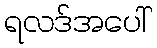
ရလဒ်အပေါ်